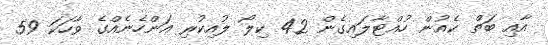
އާއި ބަތް ކެއުން ހުއްޓާލައިގެން 42 ކިލޯ ލުއިކުރި އަންހެނެއްގެ ވާހަކަ 59